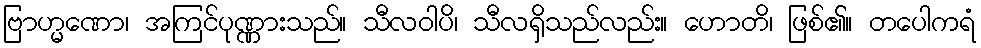
ဗြာဟ္မဏော၊ အကြင်ပုဏ္ဏားသည်။ သီလဝါပိ၊ သီလရှိသည်လည်း။ ဟောတိ၊ ဖြစ်၏။ တပေါကရံ